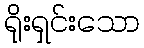
ရိုးရှင်းသော